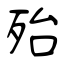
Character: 殆